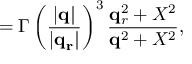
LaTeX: { \bf \Gamma } = \Gamma \left( \frac { | \bf q | } { | \bf q _ { r } | } \right) ^ { 3 } \frac { { \bf q } _ { r } ^ { 2 } + X ^ { 2 } } { { \bf q } ^ { 2 } + X ^ { 2 } } ,